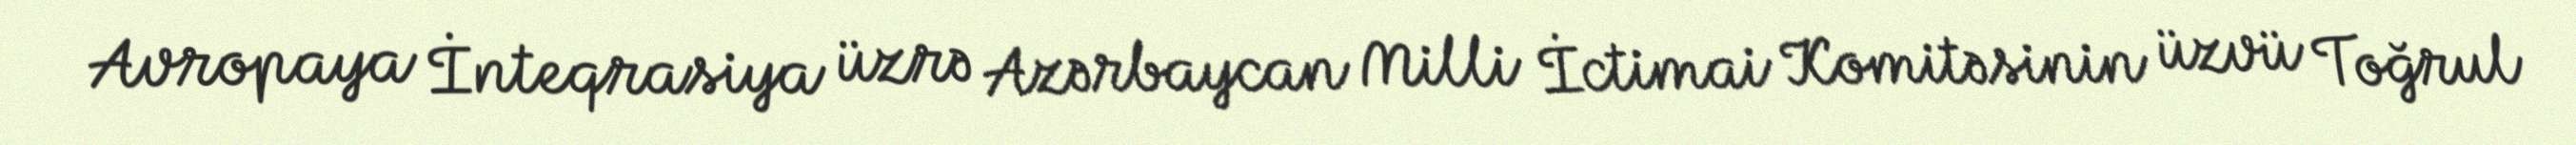
Avropaya İnteqrasiya üzrə Azərbaycan Milli İctimai Komitəsinin üzvü Toğrul